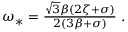
\begin{array} { r } { \omega _ { * } = \frac { \sqrt { 3 } \beta ( 2 \zeta + \sigma ) } { 2 ( 3 \beta + \sigma ) } \; . } \end{array}